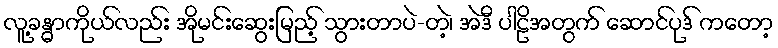
လူ့ခန္ဓာကိုယ်လည်း အိုမင်းဆွေးမြည့် သွားတာပဲ-တဲ့၊ အဲဒီ ပါဠိအတွက် ဆောင်ပုဒ် ကတော့